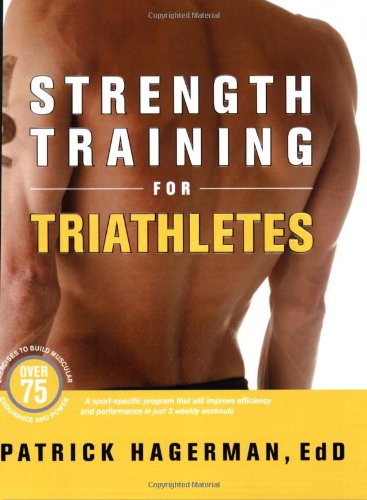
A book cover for Strength Training for Triathletes; Patrick Hagerman; Health, Fitness & Dieting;